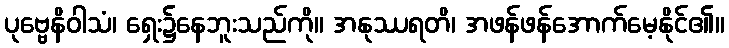
ပုဗ္ဗေနိဝါသံ၊ ရှေး၌နေဘူးသည်ကို။ အနုဿရတိ၊ အဖန်ဖန်အောက်မေ့နိုင်၏။